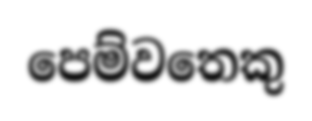
පෙම්වතෙකු